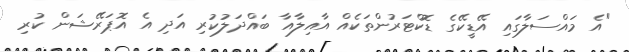
"އެ މައްސަލާގައި އޭޑީކޭގެ ޑޮކްޓަރުންތަކެއް އާއިލާއާ ބައްދަލުކުރި އަދި އެ އޮޕަރޭޝަން ކުރި